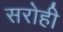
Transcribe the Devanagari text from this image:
सरोही